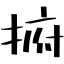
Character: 捬